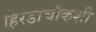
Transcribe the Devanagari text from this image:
हिरडाचौकशी